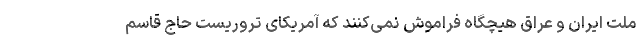
ملت ایران و عراق هیچگاه فراموش نمی‌کنند که آمریکای تروریست حاج قاسم